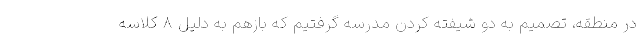
در منطقه، تصمیم به دو شیفته کردن مدرسه گرفتیم که بازهم به دلیل ۸ کلاسه